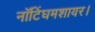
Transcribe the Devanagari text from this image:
नॉटिंघमशायर।